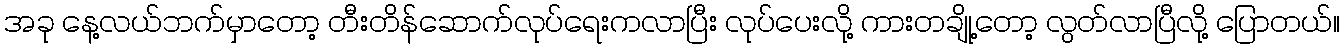
အခု နေ့လယ်ဘက်မှာတော့ တီးတိန်ဆောက်လုပ်ရေးကလာပြီး လုပ်ပေးလို့ ကားတချို့တော့ လွတ်လာပြီလို့ ပြောတယ်။